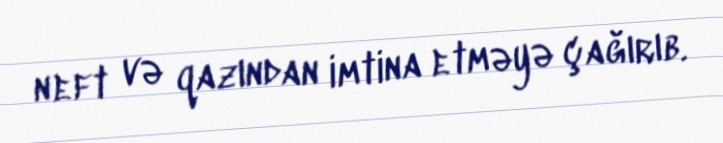
neft və qazından imtina etməyə çağırıb.